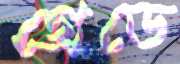
গ্রেডে